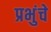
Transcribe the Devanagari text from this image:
प्रभुंचे